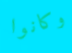
وكانوا